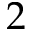
2